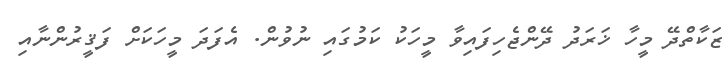
ޒަކާތްދޭ މީހާ ޚަރަދު ދޭންޖެހިފައިވާ މީހަކު ކަމުގައި ނުވުން. އެފަދަ މީހަކަށް ފަޤީރުންނާއި